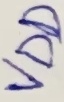
Text: VDD